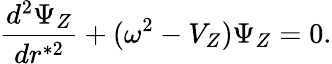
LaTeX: {\frac{d^{2}\Psi_{Z}}{dr^{*2}}}+(\omega^{2}-V_{Z})\Psi_{Z}=0.